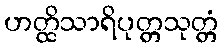
ဟတ္ထိသာရိပုတ္တသုတ္တံ